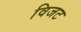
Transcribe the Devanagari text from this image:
विजट